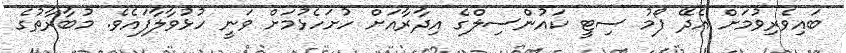
ބައިވެރިވުމަށް އެދޭ ފޯމު ސިޓީ ކައުންސިލްގެ އިދާރާއަށް ހުށަހެޅުމަށް ވަނީ ހުޅުވާލާފައެވެ. މުބާރާތުގެ